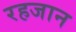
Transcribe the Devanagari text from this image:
रहजान